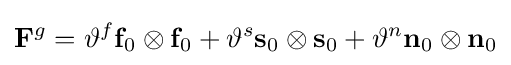
\mathbf {F} ^{g}=\vartheta ^{f}\mathbf {f} _{0}\otimes \mathbf {f} _{0}+\vartheta ^{s}\mathbf {s} _{0}\otimes \mathbf {s} _{0}+\vartheta ^{n}\mathbf {n} _{0}\otimes \mathbf {n} _{0}